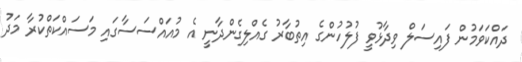
ދައްކަވަމުން ފައިސަލް ވިދާޅުވީ ފުލުހުންގެ އިތުބާރު ގެއްލިގެންދާނީ އެ މުއައްސަސާގައި މަސައްކަތްކުރާ މަދު